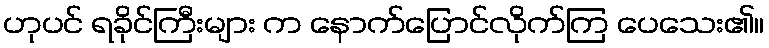
ဟုပင် ရခိုင်ကြီးများ က နောက်ပြောင်လိုက်ကြ ပေသေး၏။